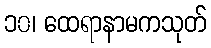
၁၀၊ ထေရာနာမကသုတ်